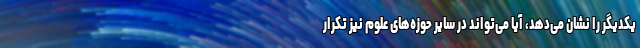
یکدیگر را نشان می‌دهد، آیا می‌تواند در سایر حوزه‌های علوم نیز تکرار